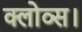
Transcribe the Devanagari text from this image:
क्लोव्स।